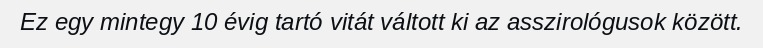
Ez egy mintegy 10 évig tartó vitát váltott ki az asszirológusok között.